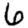
Digit: 6